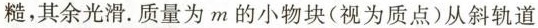
糙，其余光滑。质量为m的小物块(视为质点)从斜轨道